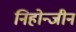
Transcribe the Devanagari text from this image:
निहोन्जीन